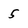
Character: 5